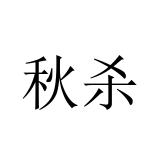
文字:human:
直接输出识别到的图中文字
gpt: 秋杀